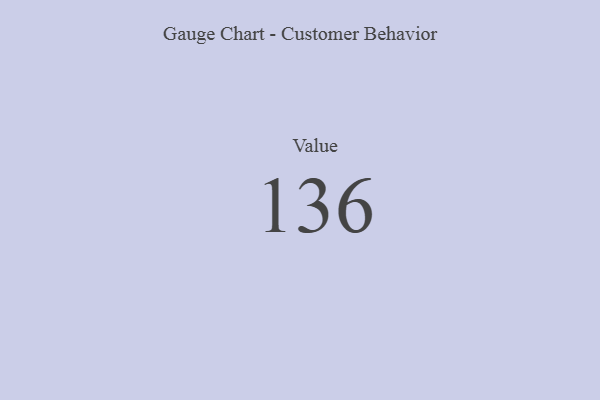
{"axis": {"x": "Metric", "y": "Value"}, "legend": [""], "data": [{"x": "Value", "y": 136, "type": ""}]}